Annual report on the health of the army in India
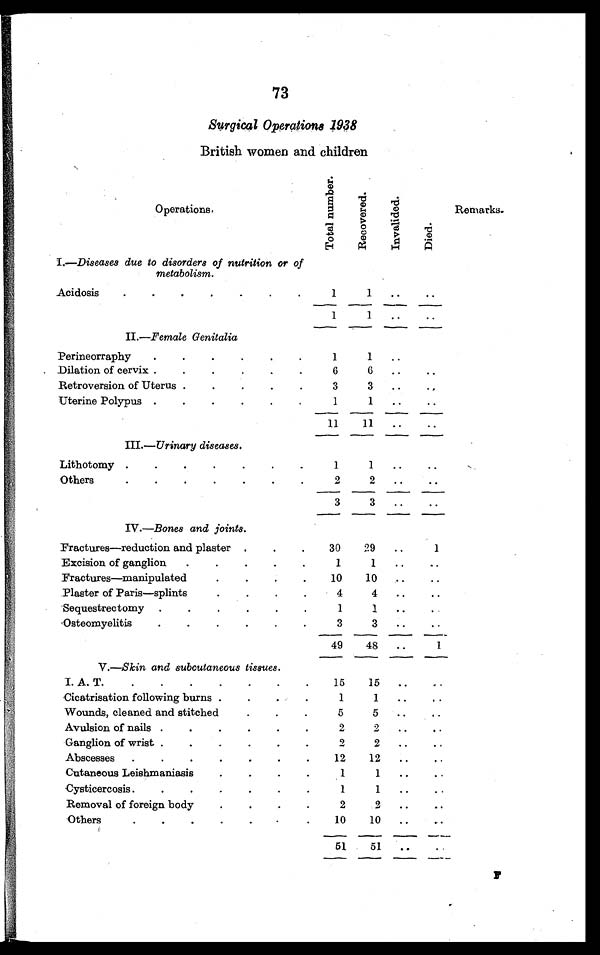
73
Surgical Operations 1938
British women and children
Operations.
T o t a l n u m b e r .
R e c o v e r e d .
I n v a l i d e d .
D i e d .
Remarks.
I.—Diseases due to disorders of nutrition or of
metabolism.
Acidosis . . .
1
1
. . .
. . .
1
1
. . .
. . .
II.—Female Genitalia
Perineorraphy . . .
1
1
. . .
Dilation of cervix . . .
6
6
. . .
. . .
Retroversion of Uterus . . .
3
3
. . .
. . .
Uterine Polypus . . .
1
1
. . .
. . .
11
11
. . .
. . .
III.—Urinary diseases.
Lithotomy . . .
1
1
. . .
. . .
Others . . .
2
2
. . .
. . .
3
3
. . .
. . .
IV.—Bones and joints.
Fractures—reduction and plaster . . .
30
29
. . .
1
Excision of ganglion . . .
1
1
. . .
. . .
Fractures—manipulated . . .
10
10
. . .
. . .
Plaster of Paris—splints
4
4
. . .
. . .
Sequestrectomy . . .
1
1
. . .
. . .
Osteomyelitis . . .
3
3
. . .
. . .
49
48
. . .
1
V.—Skin and subcutaneous tissues.
I. A. T. . . .
15
15
. . .
. . .
Cicatrisation following burns . . .
1
1
. . .
. . .
Wounds, cleaned and stitched . . .
5
5
. . .
. . .
Avulsion of nails . . .
2
2
. . .
. . .
Ganglion of wrist . . .
2
2
. . .
. . .
Abscesses . . .
12
12
. . .
. . .
Cutaneous Leishmaniasis . . .
1
1
. . .
. . .
Cysticercosis . . .
1
1
. . .
. . .
Removal of foreign body . . .
2
2
. . .
. . .
Others . . .
10
10
. . .
. . .
51
51
. . .
. . .
F